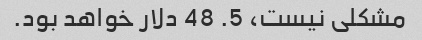
مشکلی نیست، 5. 48 دلار خواهد بود.